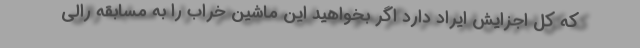
که کل اجزایش ایراد دارد اگر بخواهید این ماشین خراب را به مسابقه رالی